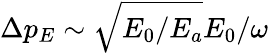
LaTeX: \Delta p_{E}\sim\sqrt{E_{0}/E_{a}}E_{0}/\omega